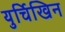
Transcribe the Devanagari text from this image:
युर्चिखिन